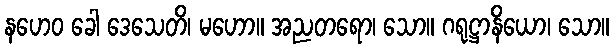
နဟေဝ ခေါ ဒေသေတိ၊ မဟော။ အညတရော၊ သော။ ဂရုဋ္ဌာနိယော၊ သော။